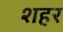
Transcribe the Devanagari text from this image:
श्‍ाहर